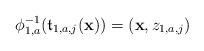
LaTeX: \begin{align*}\phi_{1,a}^{-1}(\frak t_{1,a,j}({\bf x})) = ({\bf x},z_{1,a,j})\end{align*}